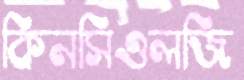
কিনসিওলজি